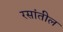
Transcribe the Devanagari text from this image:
रसांतील